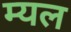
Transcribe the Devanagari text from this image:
म्यल